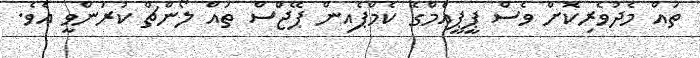
ތައް މެދުވެރިކޮށް ވެސް ޕީޕީއެމްގެ ކެމްޕެއިން ޕޭޖްސް ތައް ލޯންޗް ކުރަންވީ އެވެ.